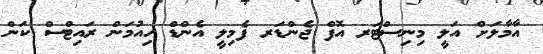
އާމާލަށް އަލީ މިނިސްޓަރ އޮފް ޖެންޑަރ ފެމިލީ އެންޑް ހިއުމަން ރައިޓްސް ކަން